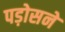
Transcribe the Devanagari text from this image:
पड़ोसने